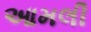
આમલી